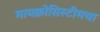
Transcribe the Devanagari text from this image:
मायक्रोसिस्टीमचा